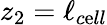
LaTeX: z_{2}=\ell_{c\mathrm{e}ll}